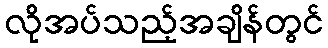
လိုအပ်သည့်အချိန်တွင်